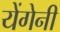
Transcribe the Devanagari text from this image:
येंगेनी